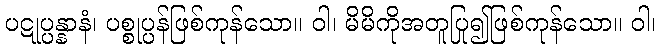
ပဋုပ္ပန္နာနံ၊ ပစ္စုပ္ပန်ဖြစ်ကုန်သော။ ဝါ၊ မိမိကိုအတူပြု၍ဖြစ်ကုန်သော။ ဝါ၊